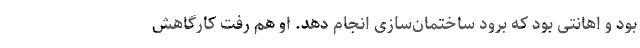
بود و اهانتی بود که برود ساختمان‌سازی انجام دهد. او هم رفت کارگاهش